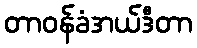
တာဝန်ခံအယ်ဒီတာ